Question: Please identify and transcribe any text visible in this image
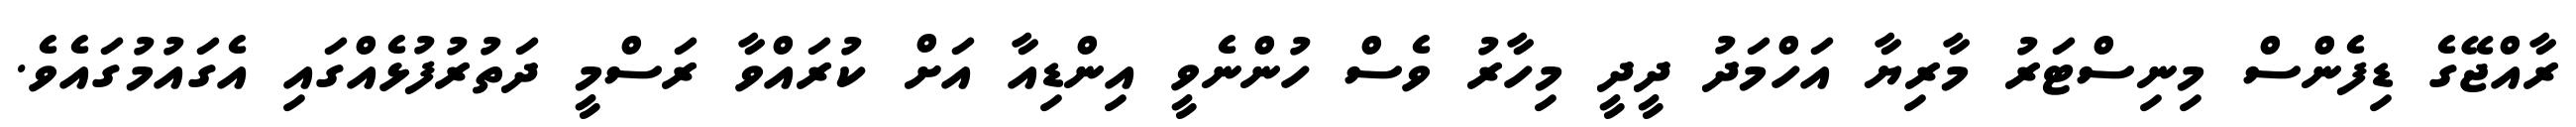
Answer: ރާއްޖޭގެ ޑިފެންސް މިނިސްޓަރު މާރިޔާ އަހްމަދު ދީދީ މިހާރު ވެސް ހުންނެވީ އިންޑިއާ އަށް ކުރައްވާ ރަސްމީ ދަތުރުފުޅެއްގައި އެގައުމުގައެވެ.